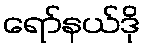
ရော်နယ်ဒို